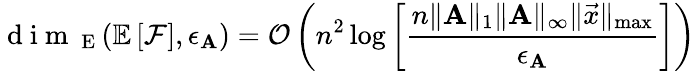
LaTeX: \mathrm{~d~i~m~}_{\mathrm{~E~}}(\mathbb{E}\left[\mathcal{F}\right],\epsilon_{\mathbf{A}})=\mathcal{O}\left(n^{2}\log\left[\frac{n\| \mathbf{A}\| _{1}\| \mathbf{A}\| _{\infty}\| \vec{x}\| _{\operatorname*{max}}}{\epsilon_{\mathbf{A}}}\right]\right)